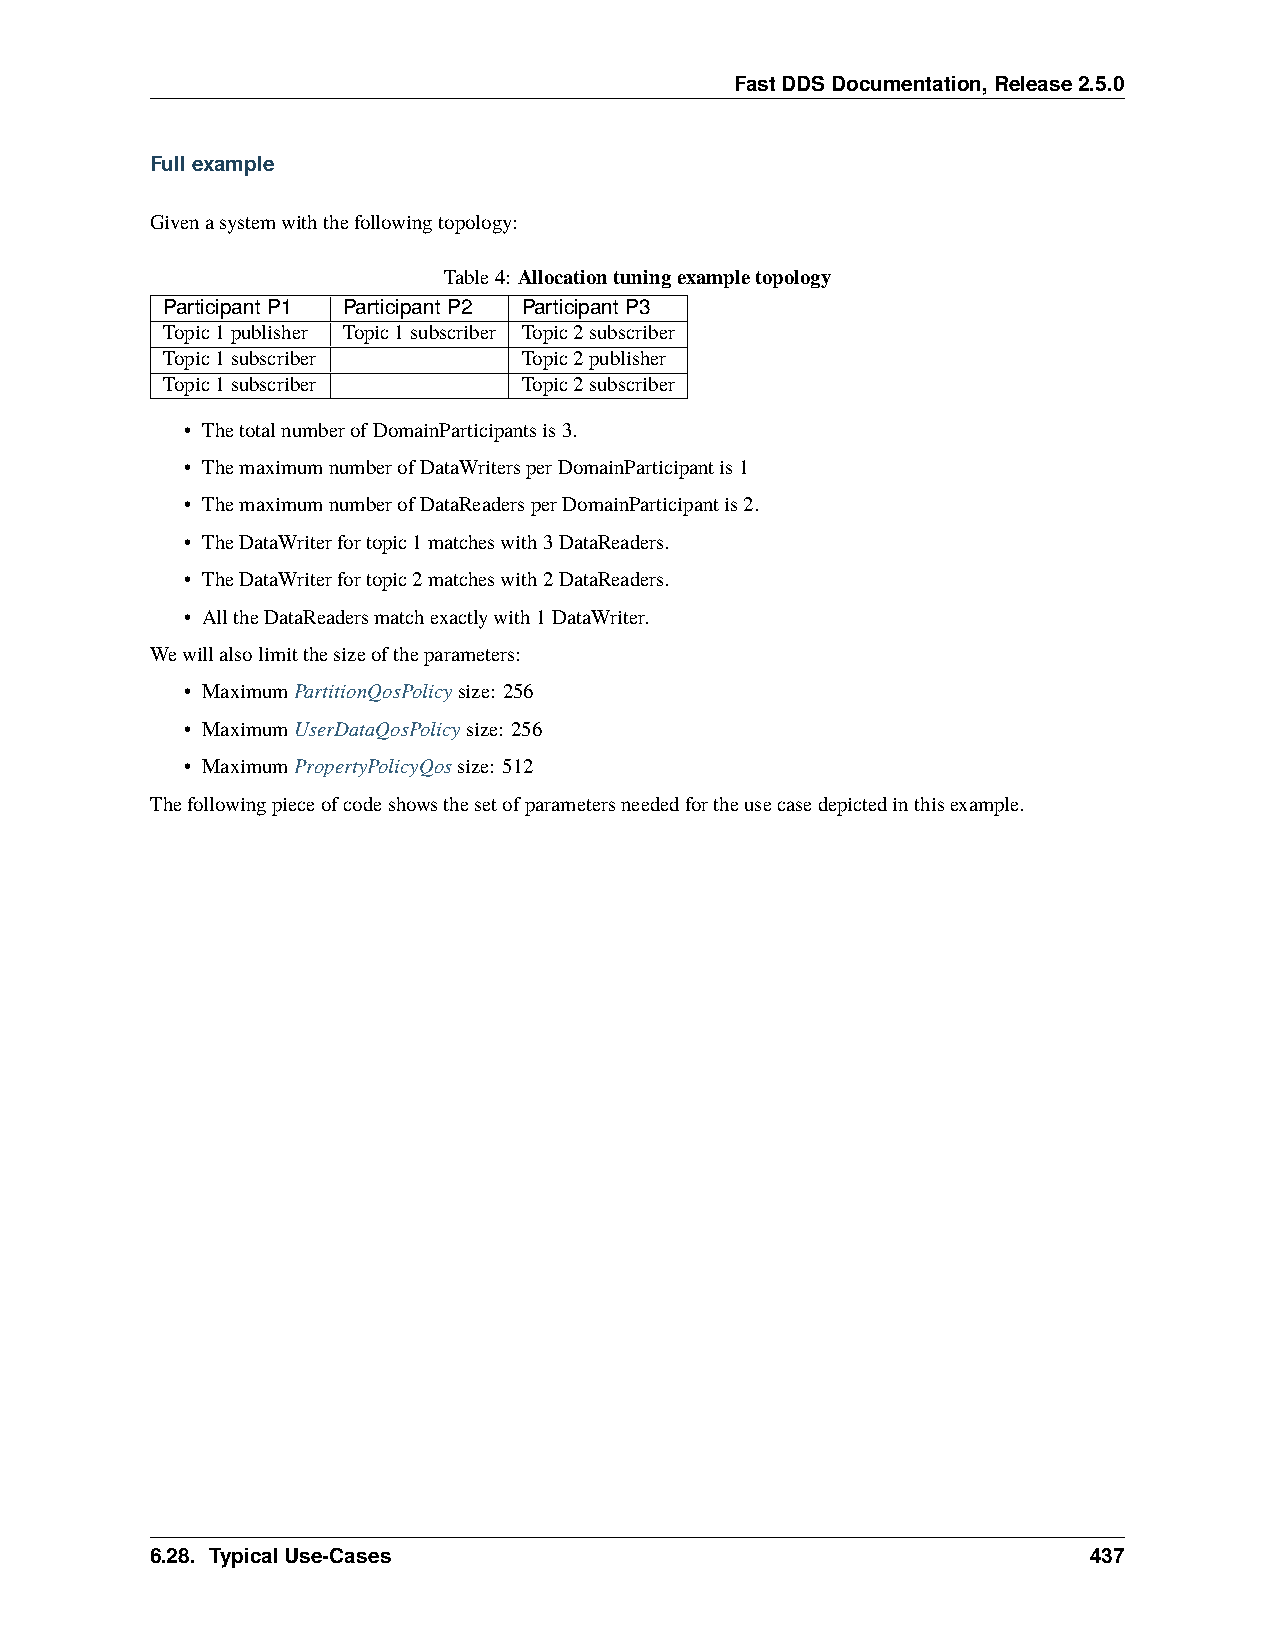
FastDDSDocumentation,Release2.5.0
 Fullexample
 Givenasystemwiththefollowingtopology:
 Table4: Allocationtuningexampletopology
 ParticipantP1 ParticipantP2 ParticipantP3
 Topic1publisher Topic1subscriber Topic2subscriber
 Topic1subscriber        Topic2publisher
 Topic1subscriber        Topic2subscriber
 • ThetotalnumberofDomainParticipantsis3.
 • ThemaximumnumberofDataWritersperDomainParticipantis1
 • ThemaximumnumberofDataReadersperDomainParticipantis2.
 • TheDataWriterfortopic1matcheswith3DataReaders.
 • TheDataWriterfortopic2matcheswith2DataReaders.
 • AlltheDataReadersmatchexactlywith1DataWriter.
 Wewillalsolimitthesizeoftheparameters:
 • MaximumPartitionQosPolicysize: 256
 • MaximumUserDataQosPolicysize: 256
 • MaximumPropertyPolicyQossize: 512
 Thefollowingpieceofcodeshowsthesetofparametersneededfortheusecasedepictedinthisexample.
 6.28. TypicalUse-Cases                                        437